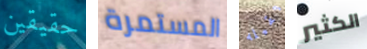
حقيقين المستمرة ثقيله الكثير